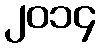
၂၀၁၄